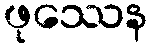
ဖုဿေန